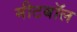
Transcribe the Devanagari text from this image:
मीटबॉल